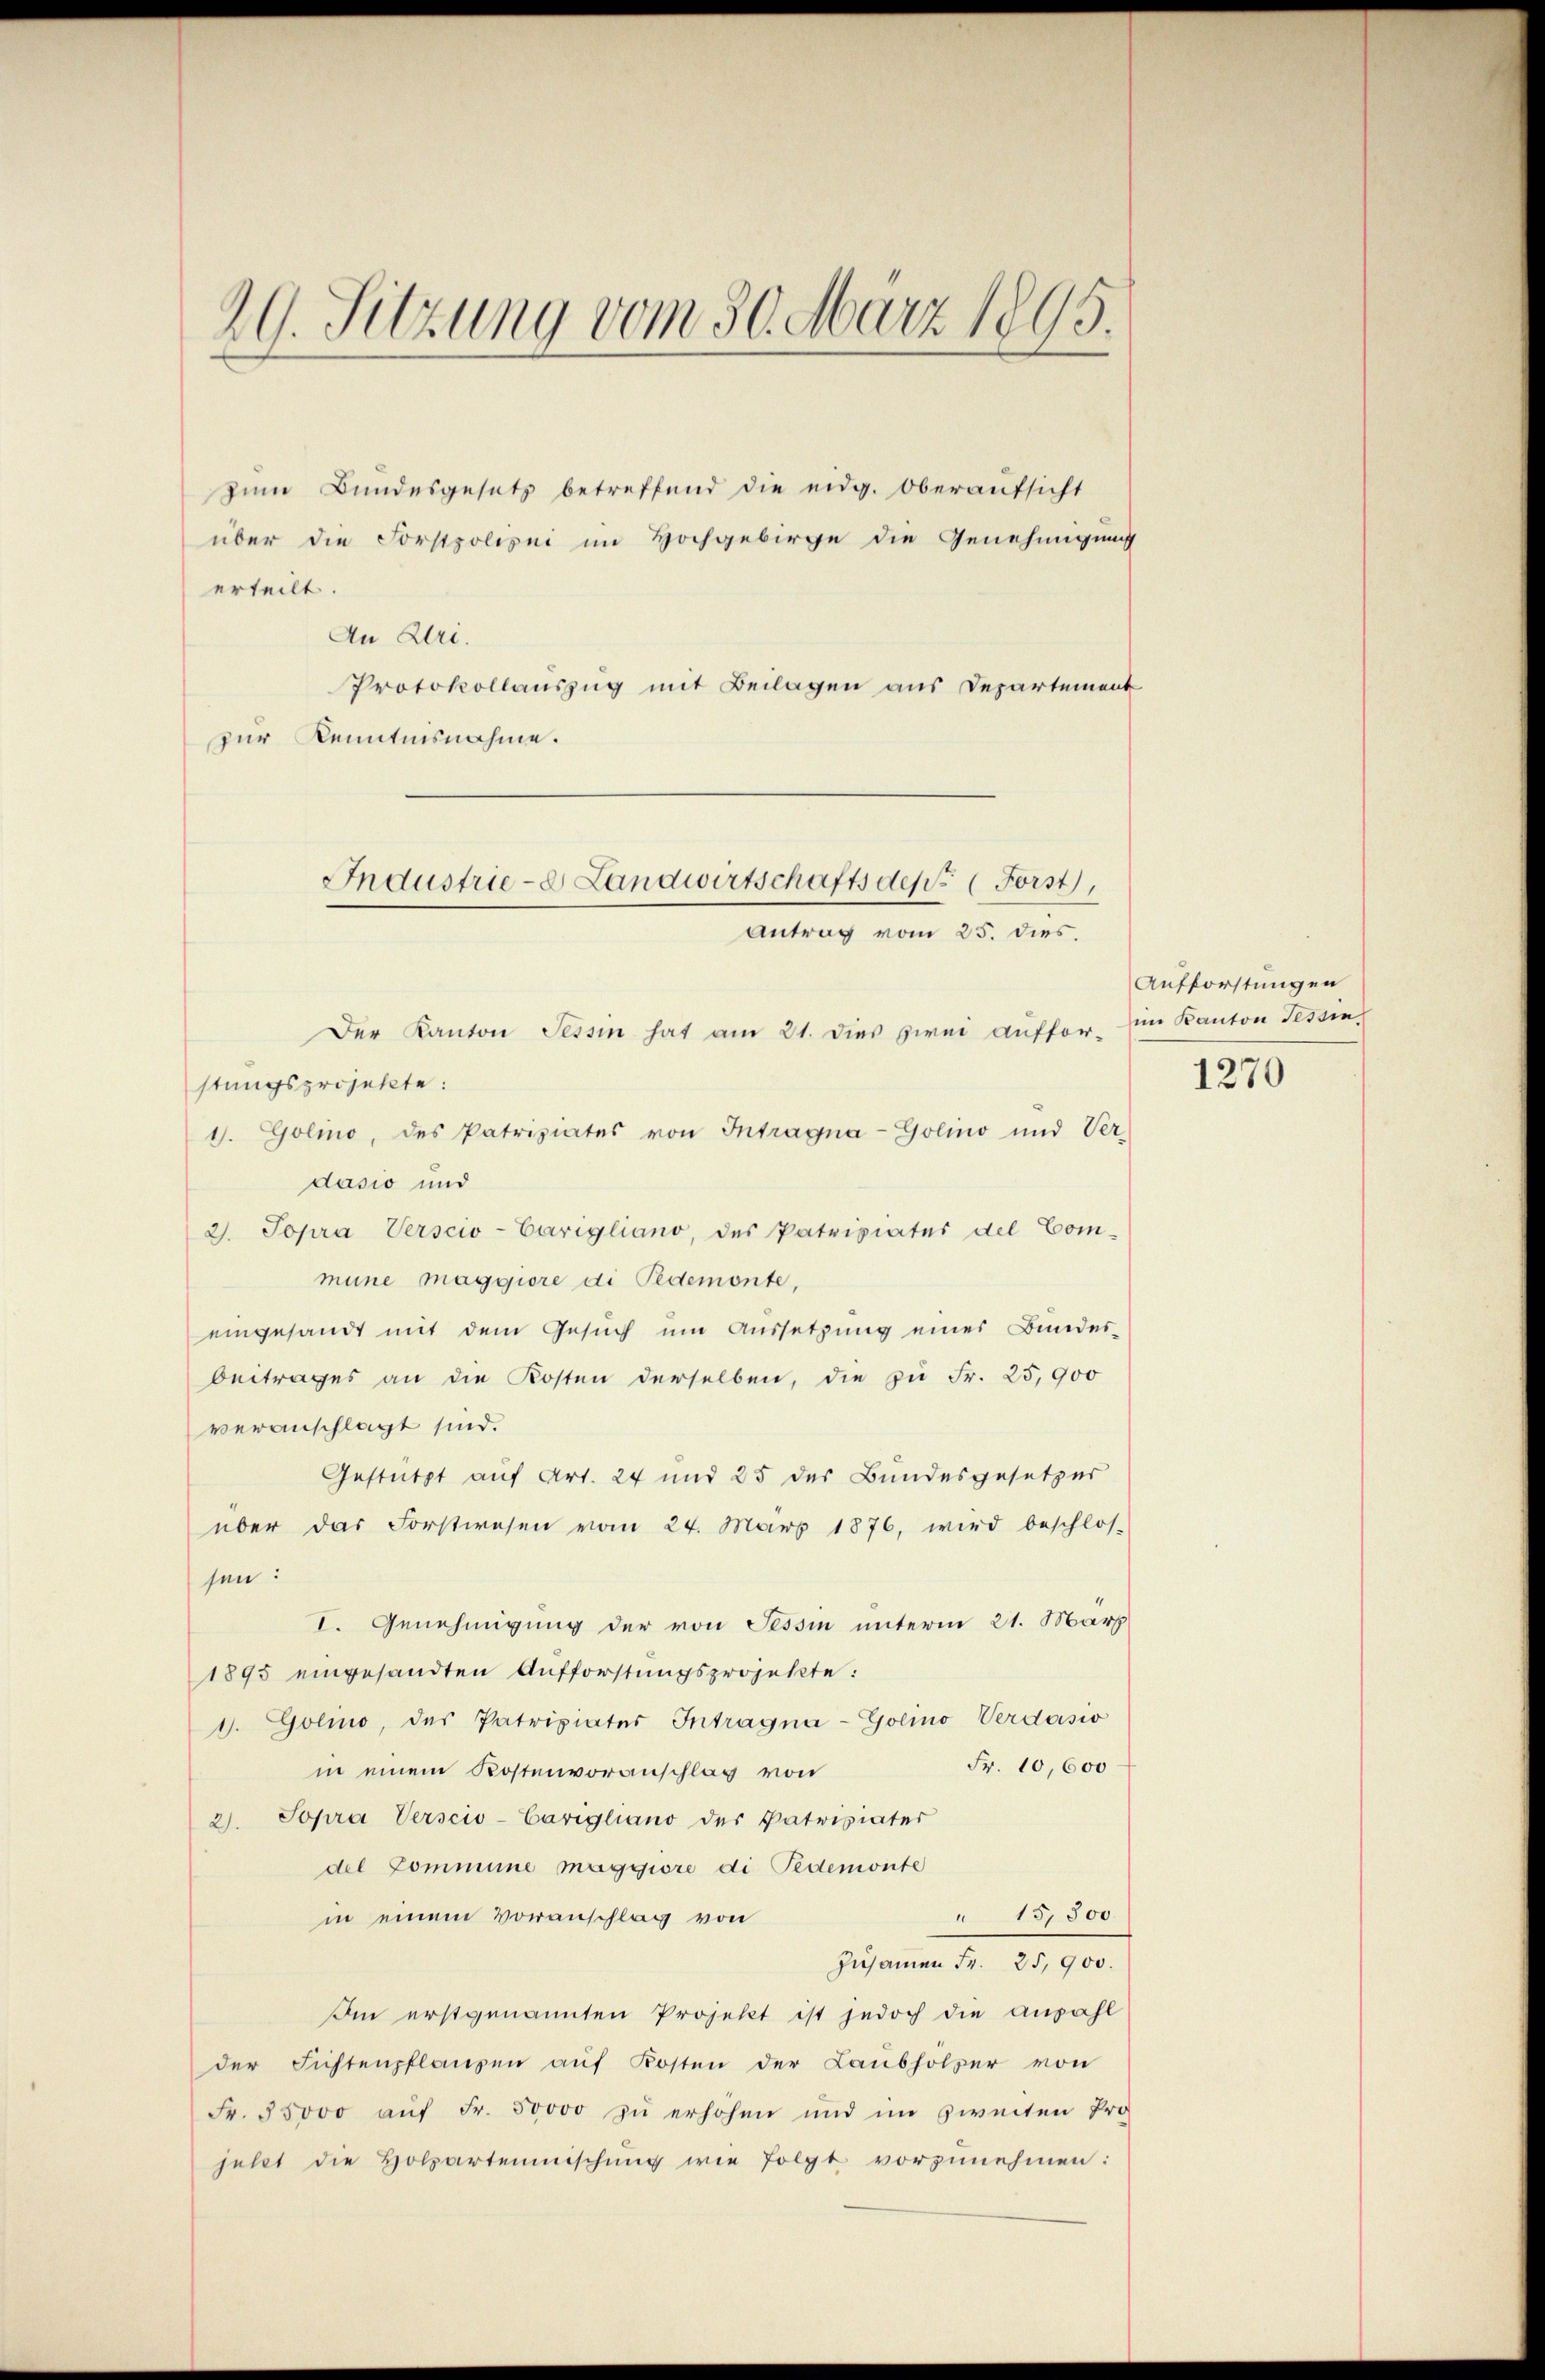
29. Sitzung vom 30. März 1895.

zum Bundesgesetz betreffend die eidg. Oberaufsicht
über die Forstpolizei im Hochgebirge die Genehmigung
erteilt.
An Uri.
Protokollauszug mit Beilagen aus Departement
zur Kenntnisnahme.

Industrie- Landwirtschafts des Forst
Antrag vom 25. dies.

Der Kanton Tessin hat am 21. dies zwei auffor-
stungsprojekte:
1. Golino, des Patriziates von Intragna-Golino und Ver-
dasio und
2. Sopra Verscio-Carigliano, des Patriziatus del Com-
mune maggiore di Pedemonte,
eingesandt mit dem Gesŭch ŭm Aŭssetzŭng einer Bundes-
beitrages an die Kosten derselben, die zu Fr. 25,900
veranschlagt sind.
Gestützt auf Art. 24 und 25 des Bundesgesetzer
über das Forstwesen vom 24. März 1876, wird beschlos-
sen:
I. Genehmigung der von Tessin unterm 21. März
1895 eingesandten Aufforstungsprojekte:
d. Golio, das Patrixiater Intragna-Golino Verdasio
Fr. 10,600
in einem Kostenvoranschlag von
2). Sopra Verscio-Carigliano des Patriziater
del Commine maggiore di Pedemonte
" 15,500.
in einem Voranschlag von
Zusammen Fr. 25,900.
Im erstgenannten Projekt ist jedoch die Anzahl
der Fichtenpflanzen auf Kosten der Laubholzer von
Fr. 35000 aŭf Fr. 50000 zŭ erhohen und im zweiten Pro
jelet die Holzarteimischung wie folgt vorzunehmen:

Aufforstungen
im Kanton Tessin

1270